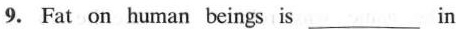
9. Fat on human beings is___in